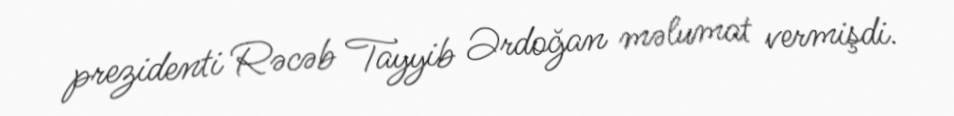
prezidenti Rəcəb Tayyib Ərdoğan məlumat vermişdi.